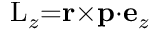
\mathrm { L } _ { z } { = } \mathbf { r } { \times } \mathbf { p } { \cdot } \mathbf { e } _ { z }